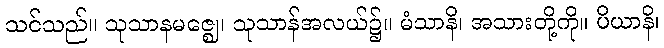
သင်သည်။ သုသာနမဇ္ဈေ၊ သုသာန်အလယ်၌။ မံသာနိ၊ အသားတို့ကို။ ပိယာနိ၊